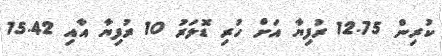
ކުރިން 12.75 ރުފިޔާ އަށް ހުރި ޑޮލަރު 10 ރުފިޔާ އާއި 15.42